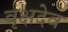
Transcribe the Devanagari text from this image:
वृक्षदेव